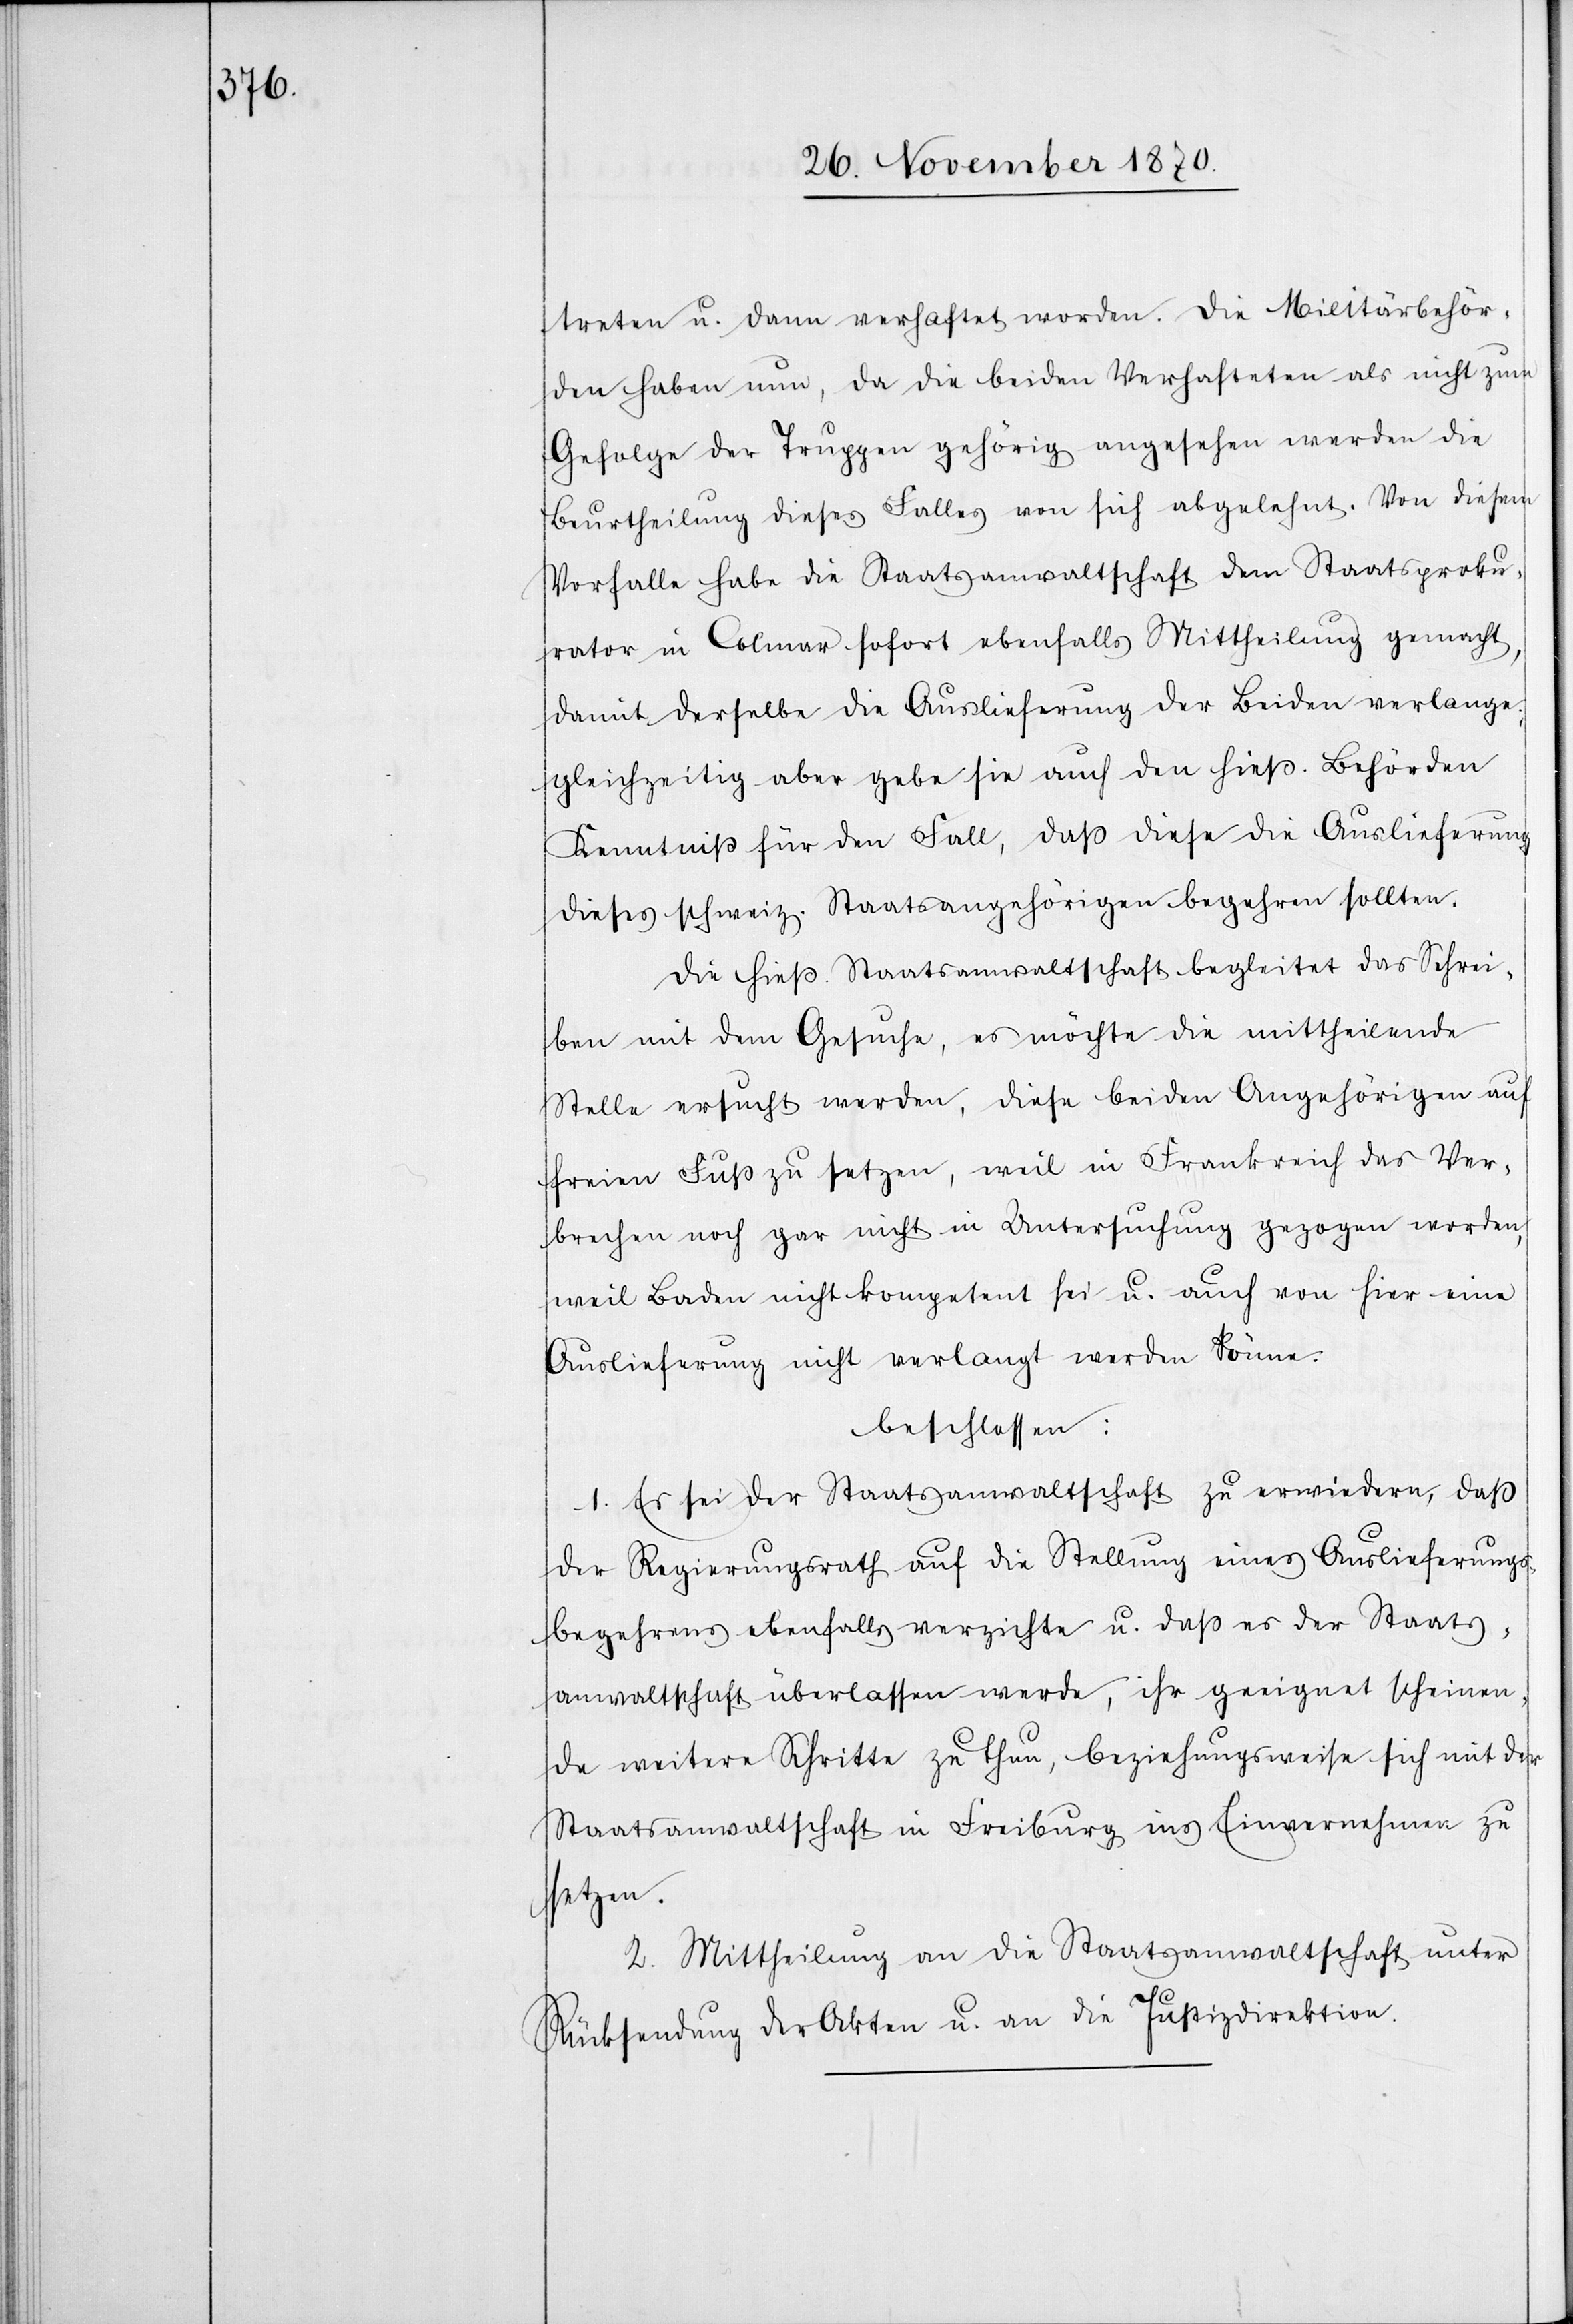
treten u. dann verhaftet worden. Die Militärbehör¬
den haben nun, da die beiden Verhafteten als nicht zum
Gefolge der Truppen gehörig angesehen werden die
Beurtheilung dieses Falles von sich abgelehnt. Von diesem
Vorfalle habe die Staatsanwaltschaft dem Staatsproku¬
rator in Colmar sofort ebenfalls Mittheilung gemacht,
damit derselbe die Auslieferung der Beiden verlange;
gleichzeitig aber gebe sie auch den hieß. Behörden
Kenntniß für den Fall, daß diese die Auslieferung
dieser schweiz. Staatsangehörigen begehren sollten.
Die hieß. Staatsanwaltschaft begleitet das Schrei¬
ben mit dem Gesuche, es möchte die mittheilende
Stelle ersucht werden, diese beiden Angehörigen auf
freien Fuß zu setzen, weil in Frankreich das Ver¬
brechen noch gar nicht in Untersuchung gezogen worden,
weil Baden nicht kompetent sei u. auch von hier eine
Auslieferung nicht verlangt werden könne.
beschlossen:
1. Es sei der Staatsanwaltschaft zu erwiedern, daß
der Regierungsrath auf die Stellung eines Auslieferungs¬
begehrens ebenfalls verzichte u. daß es der Staats¬
anwaltschaft überlassen werde, ihr geeignet scheinen¬
de weitere Schritte zu thun, beziehungsweise sich mit der
Staatsanwaltschaft in Freiburg ins Einvernehmen zu
setzen.
2. Mittheilung an die Staatsanwaltschaft unter
Rücksendung der Akten u. an die Justizdirektion.